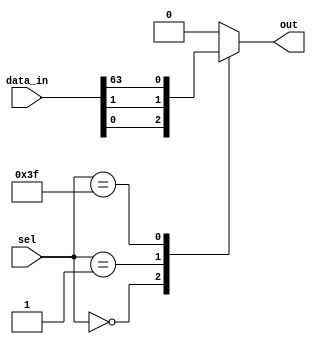
module mux_64to1 (
    input [63:0] data_in,
    input [5:0] sel,
    output reg out
);

always @* begin
    case(sel)
        6'b000000: out = data_in[0];
        6'b000001: out = data_in[1];
        // Continue with cases for all 64 inputs
        // 6'b111110: out = data_in[62];
        6'b111111: out = data_in[63];
        default: out = 0;
    endcase
end

endmodule